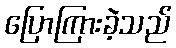
ပြောကြားခဲ့သည်